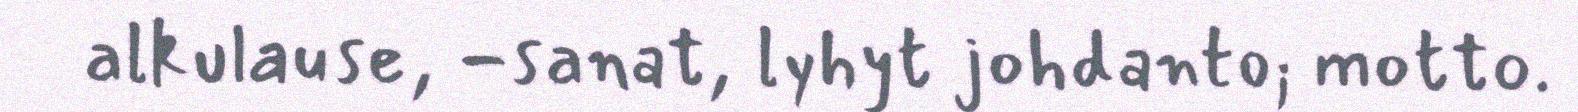
alkulause, -sanat, lyhyt johdanto; motto.